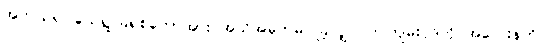
အကယ်၍ ယေရှု ခရစ်တော်အား အသိအမှတ်မပြုခဲ့လျှင် ဤကျမ်းပိုဒ်ကို အလေးနက်